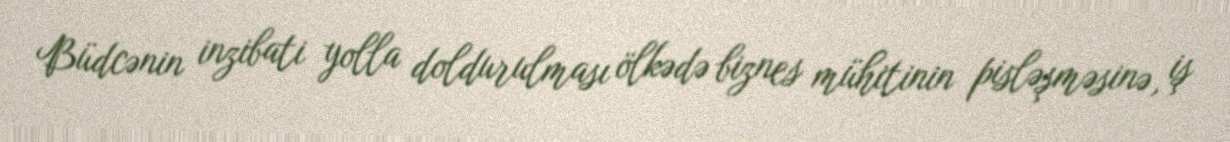
Büdcənin inzibati yolla doldurulması ölkədə biznes mühitinin pisləşməsinə, iş